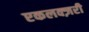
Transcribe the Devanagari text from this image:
एकलक्ज़री